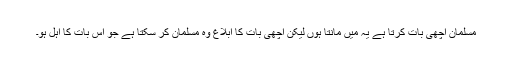
مسلمان اچھی بات کرتا ہے یہ میں مانتا ہوں لیکن اچھی بات کا ابلاغ وہ مسلمان کر سکتا ہے جو اس بات کا اہل ہو۔